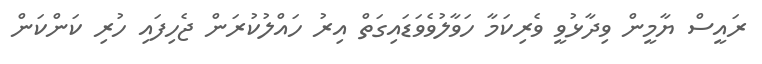
ރައީސް ޔާމީން ވިދާޅުވީ ވެރިކަމާ ހަވާލުވެވަޑައިގަތް އިރު ހައްލުކުރަން ޖެހިފައި ހުރި ކަންކަން